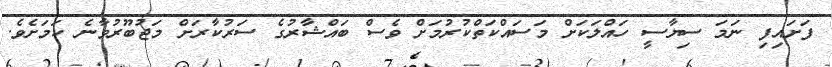
ފަށައިފި ނަމަ ސިޔާސީ ހައްލަކަށް މަސައްކަތްކުރުމަށް ވެސް ބައްޝާރުގެ ސަރުކާރަށް މަޖުބޫރުވާނެ ކަމަށެވެ.